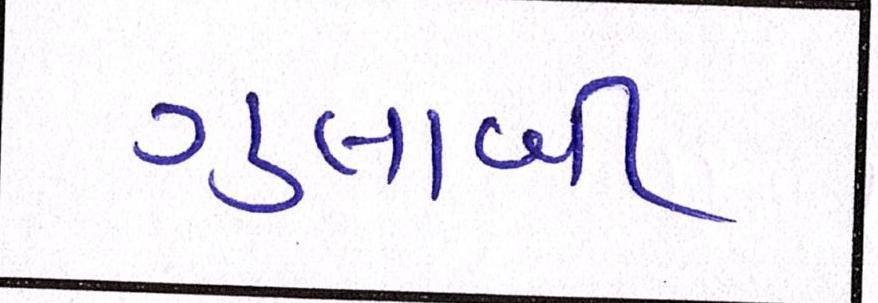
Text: ગુલાબી